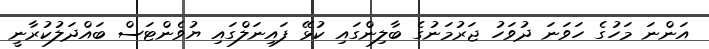
އަންނަ މަހުގެ ހަވަނަ ދުވަހު ޖަރުމަނުގެ ބާލިންގައި ކުޅޭ ފައިނަލްގައި ޔުވެންޓަސް ބައްދަލުކުރާނީ